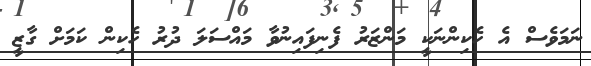
ނަމަވެސް އެ ހެކިންނަކީ މަންޒަރު ފެނިފައިނުވާ މައްސަލަ ދުރު ހެކިން ކަމަށް ގާޒީ